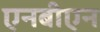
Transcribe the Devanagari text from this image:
एनबीएन